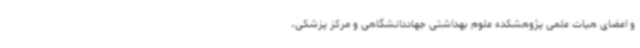
و اعضای هیات علمی پژوهشکده علوم بهداشتی جهاددانشگاهی و مرکز پزشکی،